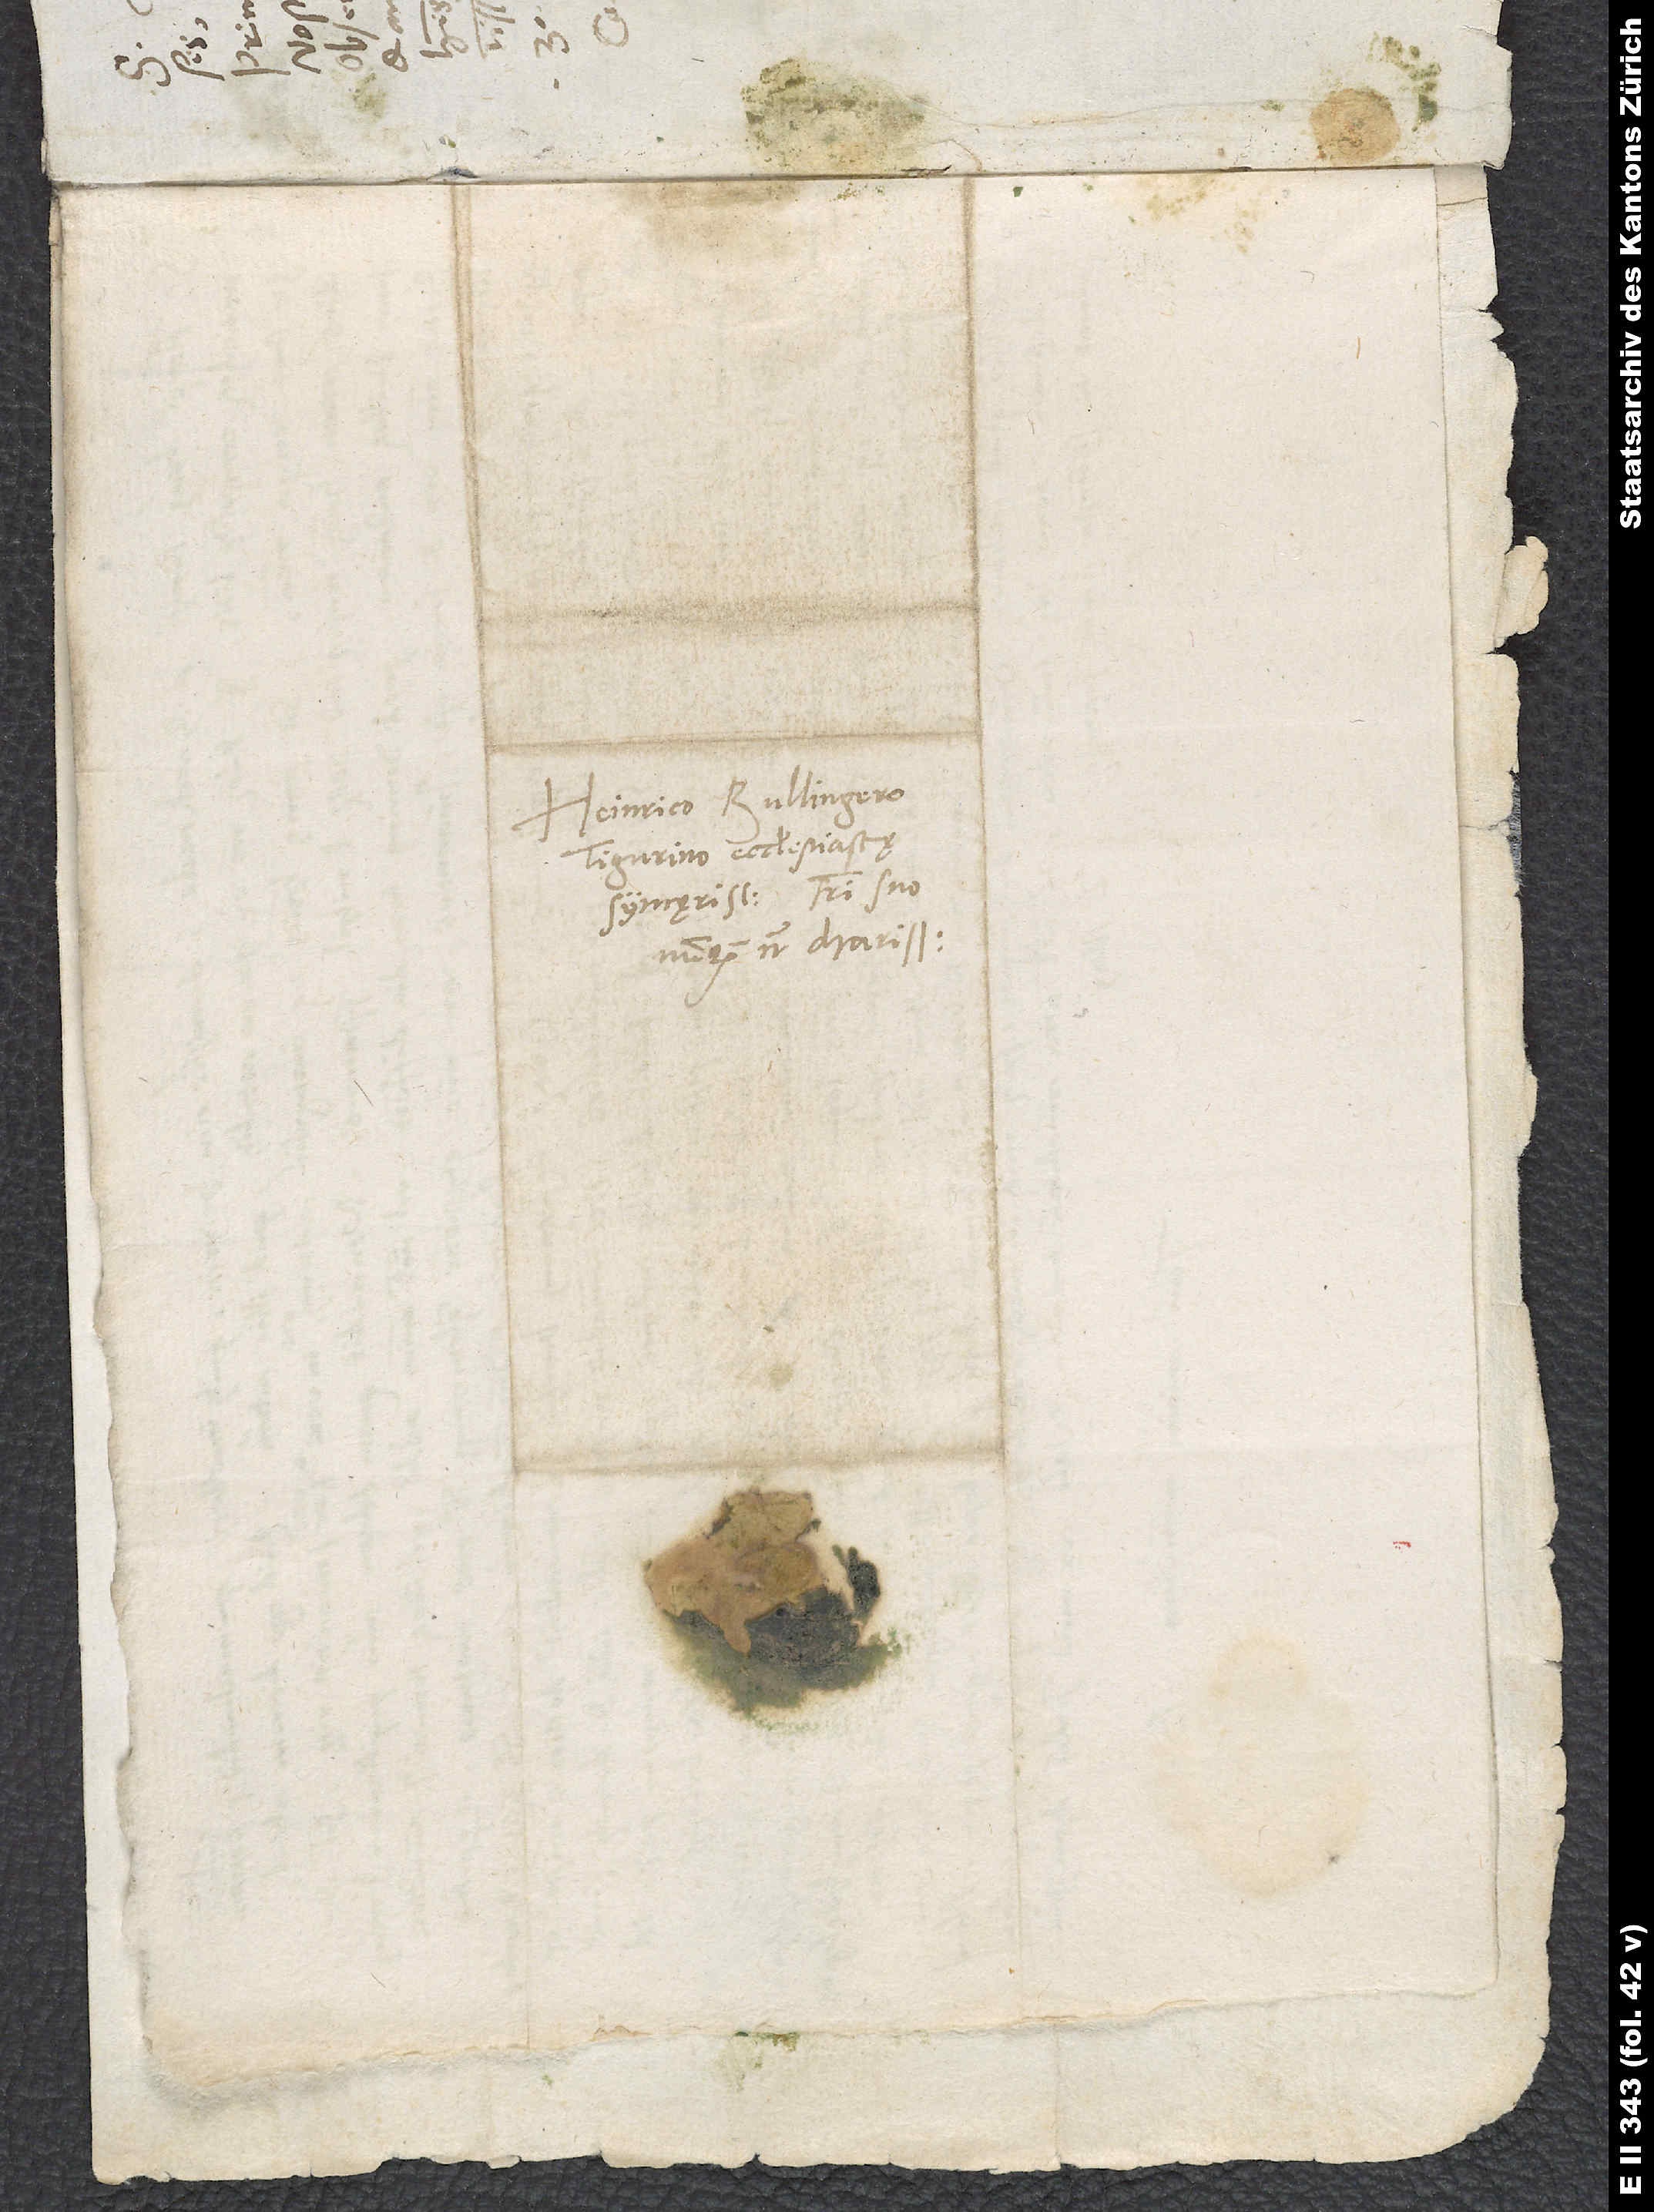
Heinrico Bullingero,
Tigurino ecclesiastę
syncęrissimo, fratri suo
nunquam non charissimo.